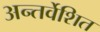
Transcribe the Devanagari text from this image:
अन्तर्वेशित